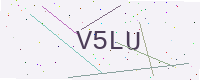
Text: V5LU